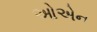
ઓએન